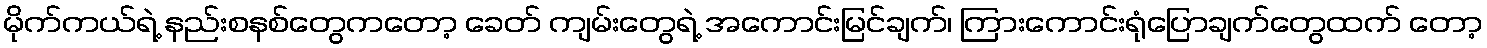
မိုက်ကယ်ရဲ့ နည်းစနစ်တွေကတော့ ခေတ် ကျမ်းတွေရဲ့ အကောင်းမြင်ချက်၊ ကြားကောင်းရုံပြောချက်တွေထက် တော့